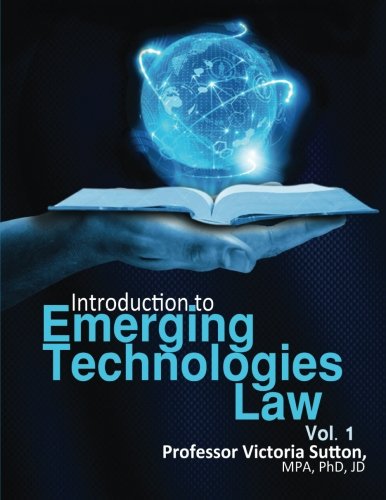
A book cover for Emerging Technologies Law (Volume 1); Victoria Sutton; Law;